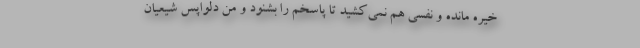
خیره مانده و نفسی هم نمی‌کشید تا پاسخم را بشنود و من دلواپس شیعیان